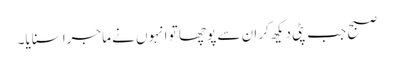
صبح جب پٹی دیکھ کر ان سے پوچھا تو انہوں نے ماجرا سنایا۔